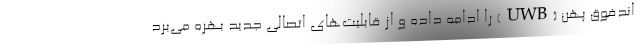
اندفوق پهن (UWB) را ادامه داده و از قابلیت‌های اتصالی جدید بهره می‌برد